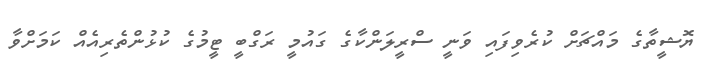
ޔޮޝީތާގެ މައްޗަށް ކުރެވިފައި ވަނީ ސްރީލަންކާގެ ގައުމީ ރަގްބީ ޓީމުގެ ކުޅުންތެރިއެއް ކަމަށްވާ